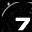
Digit: 7